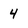
Character: 4